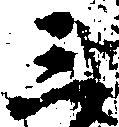
三